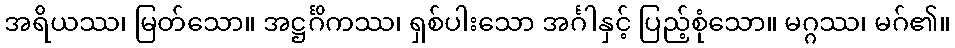
အရိယဿ၊ မြတ်သော။ အဋ္ဌင်္ဂိကဿ၊ ရှစ်ပါးသော အင်္ဂါနှင့် ပြည့်စုံသော။ မဂ္ဂဿ၊ မဂ်၏။